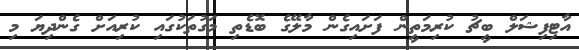
އާޓިފިޝަލް ބީޗު ކުރިމަތީން ފަށައިގެން މާލޭގެ ބޮޑެތި މަގުތަކުގައި ކުރިއަށް ގެންދިޔަ މި